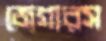
জেগারস